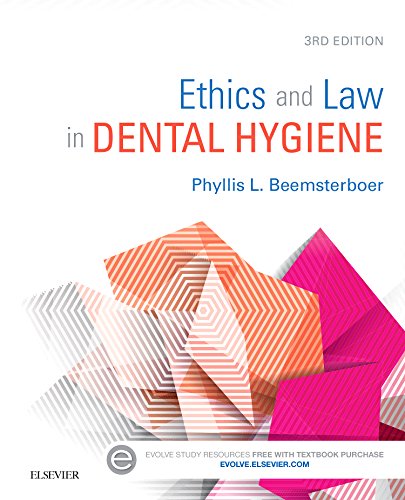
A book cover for Ethics and Law in Dental Hygiene, 3e; Phyllis L. Beemsterboer RDH  MS  EdD; Medical Books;